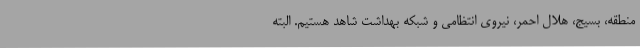
منطقه، بسیج، هلال احمر، نیروی انتظامی و شبکه بهداشت شاهد هستیم. البته